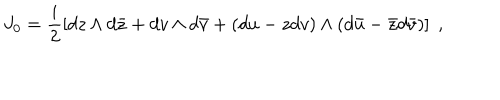
LaTeX: J _ { 0 } = \frac { i } { 2 } \left[ d z \wedge d \bar { z } + d v \wedge d { \bar { v } } + ( d u - z d v ) \wedge ( d { \bar { u } } - { \bar { z } } d { \bar { v } } ) \right] \; ,